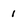
Character: i